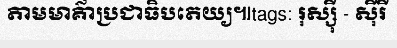
តាមមាគ៌ាប្រជាធិបតេយ្យ៕tags: រុស្ស៊ី - ស៊ីរី